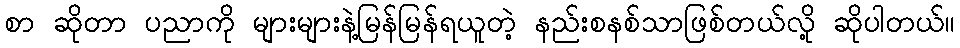
စာ ဆိုတာ ပညာကို များများနဲ့မြန်မြန်ရယူတဲ့ နည်းစနစ်သာဖြစ်တယ်လို့ ဆိုပါတယ်။